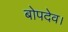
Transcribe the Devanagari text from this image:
बोपदेव।